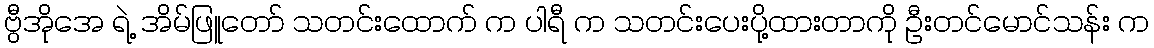
ဗွီအိုအေ ရဲ့ အိမ်ဖြူတော် သတင်းထောက် က ပါရီ က သတင်းပေးပို့ထားတာကို ဦးတင်မောင်သန်း က